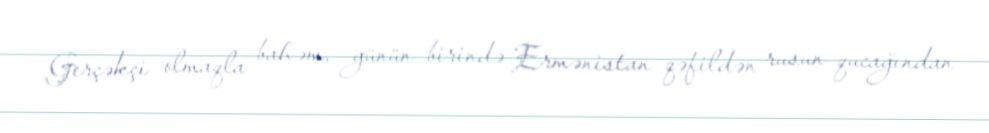
Gerçəkçi olmaqla bahəm, günün birində Ermənistan qəfildən rusun qucağından